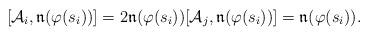
LaTeX: \begin{align*}[\mathcal{A}_i, \mathfrak{n}(\varphi(s_i))] = 2 \mathfrak{n}(\varphi(s_i)) [\mathcal{A}_j, \mathfrak{n}(\varphi(s_i))] = \mathfrak{n}(\varphi(s_i)) .\end{align*}